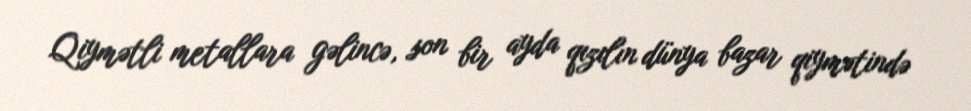
Qiymətli metallara gəlincə, son bir ayda qızılın dünya bazar qiymətində